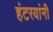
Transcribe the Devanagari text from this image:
हंटरयांनी